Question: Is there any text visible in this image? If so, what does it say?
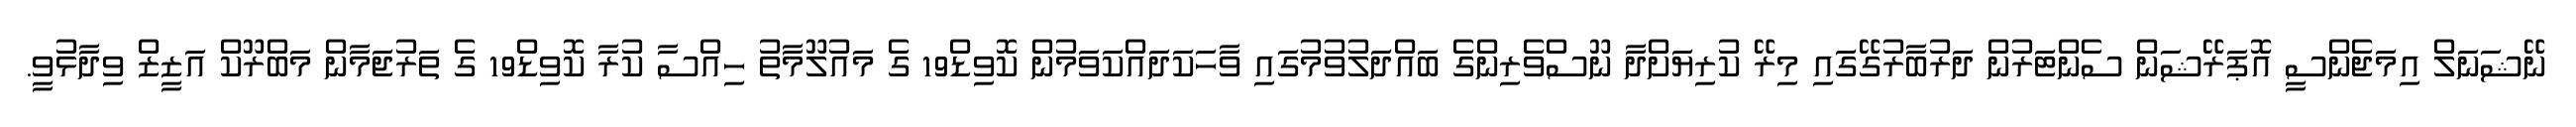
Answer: ނޭޝަނަލް އިމަޖެންސީ އޮޕަރޭޝަން ސެންޓަރުން ދަރުބާރުގޭގައި މިރޭ ކުރިޔަށްދާ ނޫސްވެރިންގެ ބައްދަލުވުމުގައި ވާހަކަދައްކަވަމުން ކޮވިޑް19 ގެ މައުލޫމާތު ހިއްސާ ކުރާ ކޮވިޑް19 ގެ ތަރުޖަމާން މަބްރޫކް އަޒީޒް ވިދާޅުވީ.